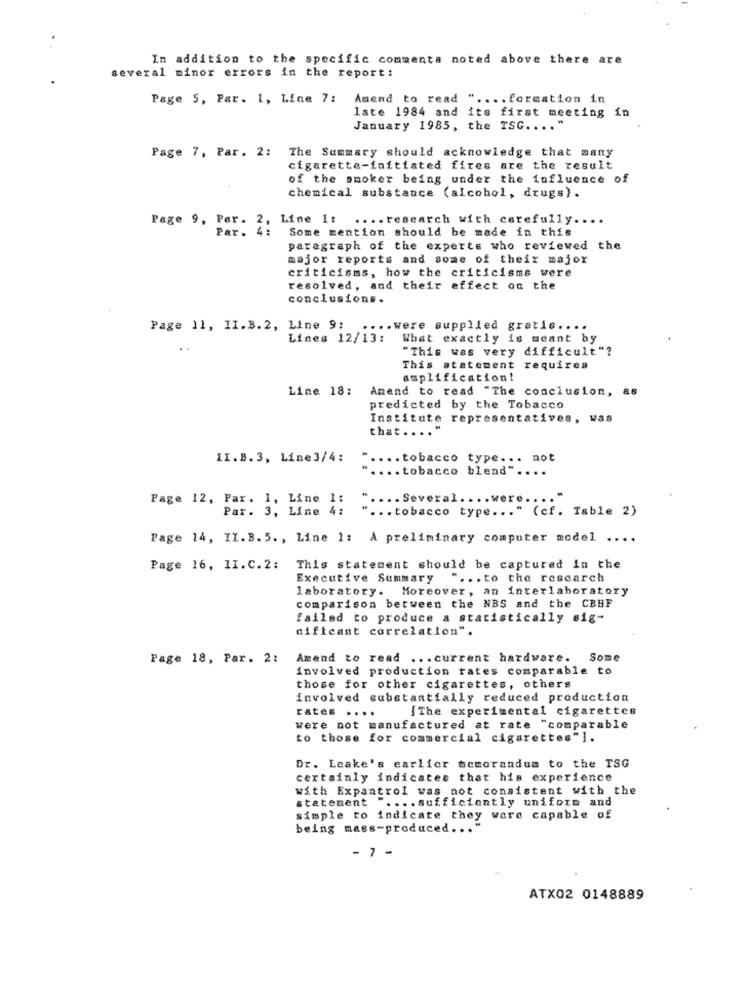
In addition to the specific comments noted above there are
several minor errors in the report:
Page 5, Par. 1, Line 7:
Amend to read " .... formation in
late 1984 and its first meeting in
January 1985, the TSC. . ..
The Summary should acknowledge that many
Page 7, Par. 2:
cigarette-initiated fires are the result
of the smoker being under the influence of
chemical substance (alcohol, drugs).
Line 1:
.... research with carefully ....
Page 9, Per. 2.
Par.
Some mention should be made in this
paragraph of the experts who reviewed the
major reports and some of their major
criticisms, how the criticisms were
resolved, and their effect on the
conclusions .
Page 11, II.B.2, Line 9:
.... were supplied
gratis ....
Lines 12/13:
What exactly is meant by
"This was very difficult"?
This statement requires
amplification!
Line 18:
Amend to read "The conclusion, 86
predicted by the Tobacco
Institute representatives, was
that ....
II.B.3, Line3/4:
.. tobacco type ... not
... tobacco blend" ...
Page 12, Par. 1, Line 1:
.... Several. ... were.
....
Par. 3, Line 4:
" ... tobacco type ... " (cf. Table 2)
Page 14, II.B. 5 ., Line 1: A preliminary computer model ....
Page 16, 1I.C.2:
This statement should be captured in the
Executive Summary
" ... to the research
laboratory. Moreover, an interlaboratory
comparison between the NBS and the CBBF
failed to produce a statistically sig-
nificent correlation".
Page 18, Par. 2:
Amend to read ... current hardware. Some
involved production rates comparable to
those for other cigarettes, others
involved substantially reduced production
{The experimental cigarettes
were not manufactured at rate "comparable
to those for commercial cigarettes"].
Dr. Leake's earlier memorandum to the TSG
certainly indicates that his experience
with Expantrol was not consistent with the
statement " .... sufficiently uniform and
simple to indicate they were capable of
being mass-produced.
- 7 -
ATX02 0148889